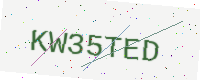
Text: KW35TED